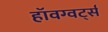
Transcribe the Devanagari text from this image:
हॉवग्वर्ट्स